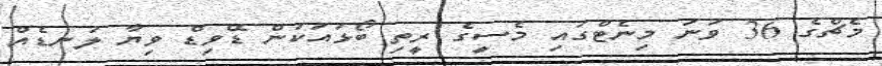
މެޗްގެ 36 ވަނަ މިނެޓްގައި މެސީގެ ރީތި ބޯޅައަކުން ޑޭވިޑް ވިޔާ ލަނޑެއް